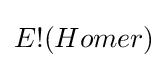
E!(Homer)